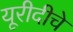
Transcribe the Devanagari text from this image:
यूरीदीचे